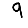
Digit: 9